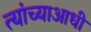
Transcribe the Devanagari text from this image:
त्यांच्याआधी